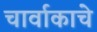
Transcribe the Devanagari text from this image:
चार्वाकाचे